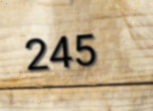
245